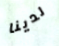
لدينا